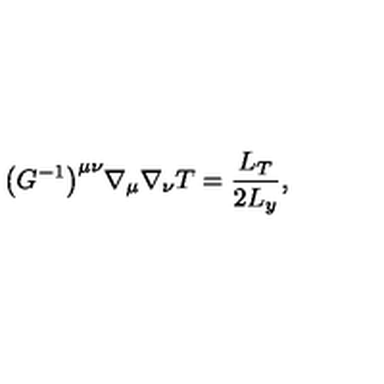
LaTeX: \bigl ( G ^ { - 1 } \bigr ) ^ { \mu \nu } \nabla _ { \mu } \nabla _ { \nu } T = \frac { L _ { T } } { 2 L _ { y } } ,